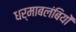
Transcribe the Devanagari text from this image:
धर्माबलंबियों